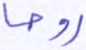
روحا